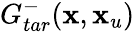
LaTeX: G_{tar}^{-}(\textbf{x},\textbf{x}_{u})